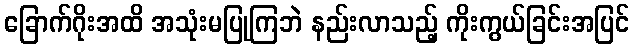
ခြောက်ဂိုးအထိ အသုံးမပြုကြဘဲ နည်းလာသည့် ကိုးကွယ်ခြင်းအပြင်